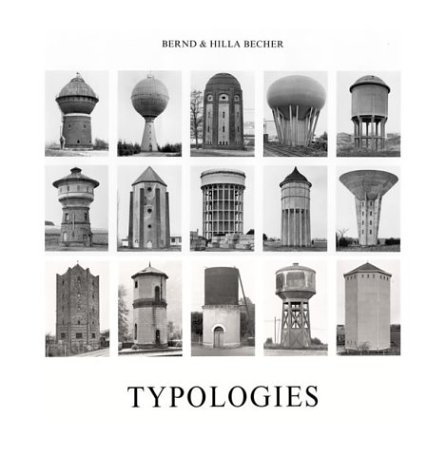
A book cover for Typologies of Industrial Buildings; Bernd Becher; Arts & Photography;